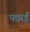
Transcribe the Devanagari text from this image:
पछाईं